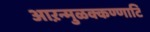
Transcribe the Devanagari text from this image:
आऱन्मुळक्कण्णाटि